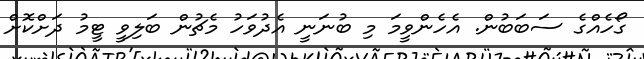
ގޯހެއްގެ ސަބަބުން. އެހެންވީމަ މި ބުނަނީ އެދުވަހު މެޗުން ބަލިވީ ޓީމު ދަށްކޮށް